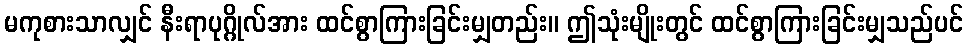
မကုစားသာလျှင် နီးရာပုဂ္ဂိုလ်အား ထင်စွာကြားခြင်းမျှတည်း။ ဤသုံးမျိုးတွင် ထင်စွာကြားခြင်းမျှသည်ပင်